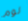
لوم